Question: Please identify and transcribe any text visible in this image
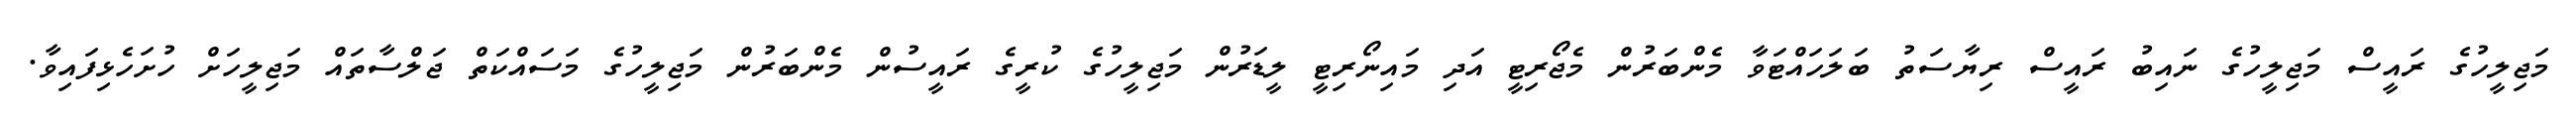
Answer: މަޖިލީހުގެ ރައީސް މަޖިލީހުގެ ނައިބު ރައީސް ރިޔާސަތު ބަލަހައްޓަވާ މެންބަރުން މެޖޯރިޓީ އަދި މައިނޯރިޓީ ލީޑަރުން މަޖިލީހުގެ ކުރީގެ ރައީސުން މެންބަރުން މަޖިލީހުގެ މަސައްކަތް ޖަލްސާތައް މަޖިލީހަށް ހުށަހެޅިފައިވާ.